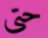
حتى